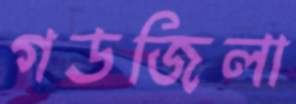
গডজিলা